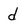
Character: d